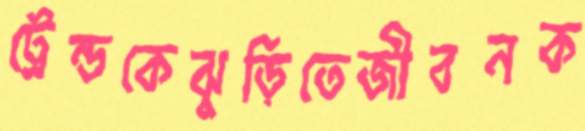
ট্রেন্ডকেঝুড়িতেজীবনক